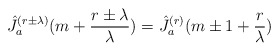
\begin{align*}\hat{J}_a^{(r\pm\lambda)}(m+\frac{r\pm\lambda}{\lambda})=\hat{J}_a^{(r)}(m\pm 1+\frac{r}{\lambda}) \end{align*}